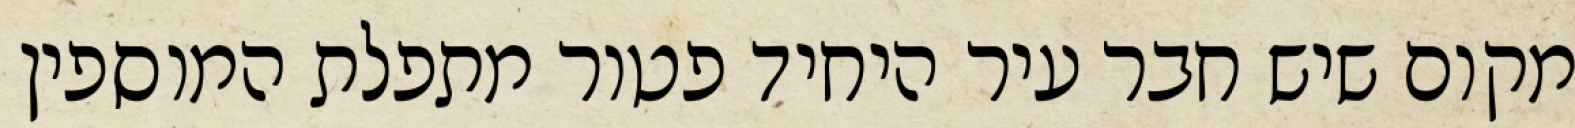
מקום שיש חבר עיר היחיד פטור מתפלת המוספין